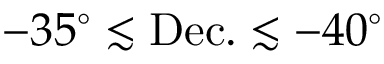
- 3 5 ^ { \circ } \lesssim \mathrm { D e c . } \lesssim - 4 0 ^ { \circ }